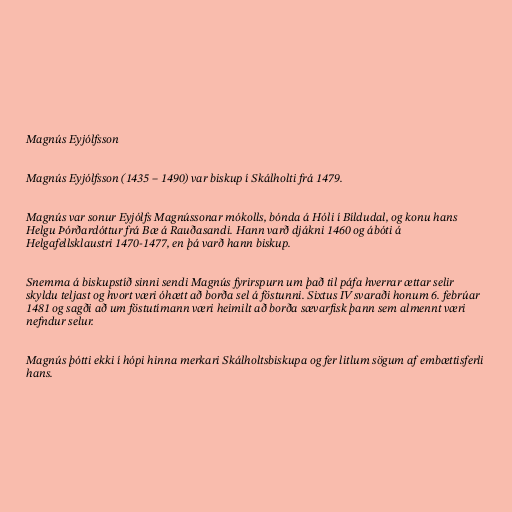
Magnús Eyjólfsson

Magnús Eyjólfsson (1435 – 1490) var biskup í Skálholti frá 1479.

Magnús var sonur Eyjólfs Magnússonar mókolls, bónda á Hóli í Bíldudal, og konu hans
Helgu Þórðardóttur frá Bæ á Rauðasandi. Hann varð djákni 1460 og ábóti á
Helgafellsklaustri 1470-1477, en þá varð hann biskup.

Snemma á biskupstíð sinni sendi Magnús fyrirspurn um það til páfa hverrar ættar selir
skyldu teljast og hvort væri óhætt að borða sel á föstunni. Sixtus IV svaraði honum 6. febrúar
1481 og sagði að um föstutímann væri heimilt að borða sævarfisk þann sem almennt væri
nefndur selur.

Magnús þótti ekki í hópi hinna merkari Skálholtsbiskupa og fer litlum sögum af embættisferli
hans.